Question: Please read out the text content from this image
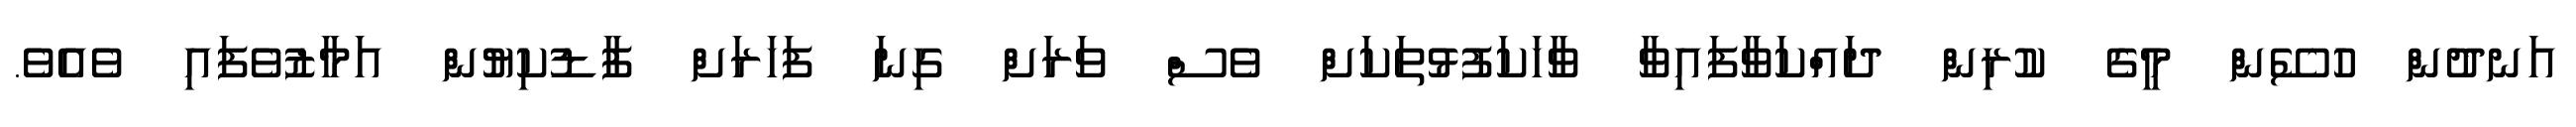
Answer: އަނދުން ހުސޭން މީގެ ކުރިން ދައްކަވާފައިވާ ވާހަކަފުޅުތަކަށް ވެސް ވަރަށް ގިނަ ފަހަރަށް ފާޑުކިޔުން އަމާޒުވެފައި ވެއެވެ.